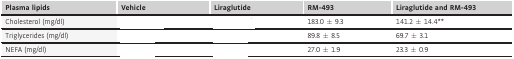
<table><thead><tr><td><b>Plasma lipids</b></td><td><b>Vehicle</b></td><td><b>Liraglutide</b></td><td><b>RM-493</b></td><td><b>Liraglutide and RM-493</b></td></tr></thead><tbody><tr><td>Cholesterol (mg/dl)</td><td>[EMPTY_CELL]</td><td>[EMPTY_CELL]</td><td>183.0 ± 9.3</td><td>141.2 ± 14.4**</td></tr><tr><td>Triglycerides (mg/dl)</td><td>[EMPTY_CELL]</td><td>[EMPTY_CELL]</td><td>89.8 ± 8.5</td><td>69.7 ± 3.1</td></tr><tr><td>NEFA (mg/dl)</td><td>[EMPTY_CELL]</td><td>[EMPTY_CELL]</td><td>27.0 ± 1.9</td><td>23.3 ± 0.9</td></tr></tbody></table>